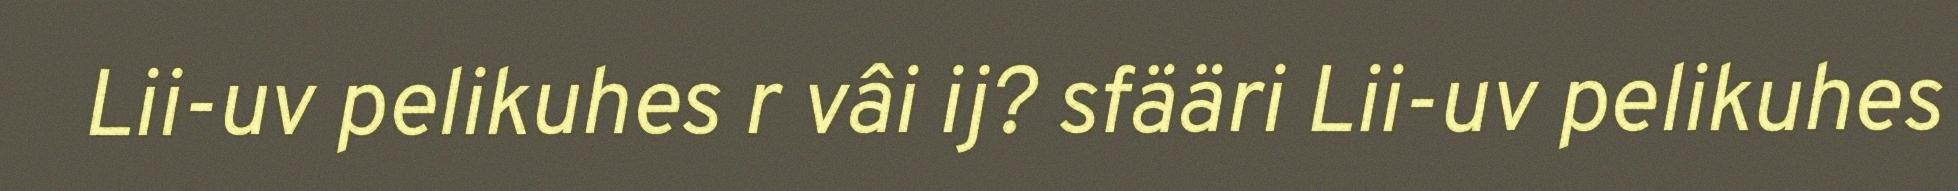
Lii-uv pelikuhes r vâi ij? sfääri Lii-uv pelikuhes